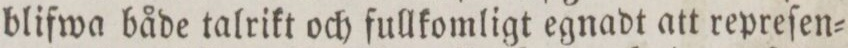
blifwa både talrikt och fullkomligt egnadt att repreſen=